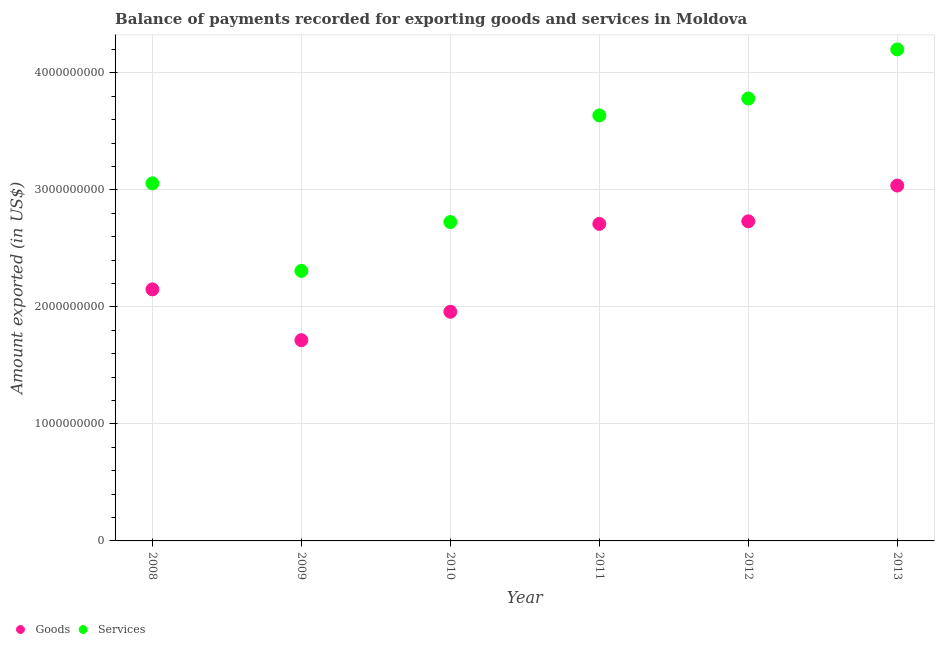
| Year | Goods | Services |
 | --- | --- | --- |
 | 2008 | 2.15e+09 | 3.06e+09 |
 | 2009 | 1.72e+09 | 2.31e+09 |
 | 2010 | 1.96e+09 | 2.73e+09 |
 | 2011 | 2.71e+09 | 3.64e+09 |
 | 2012 | 2.73e+09 | 3.78e+09 |
 | 2013 | 3.04e+09 | 4.2e+09 |